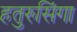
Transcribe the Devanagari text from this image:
हतुरुसिंगा